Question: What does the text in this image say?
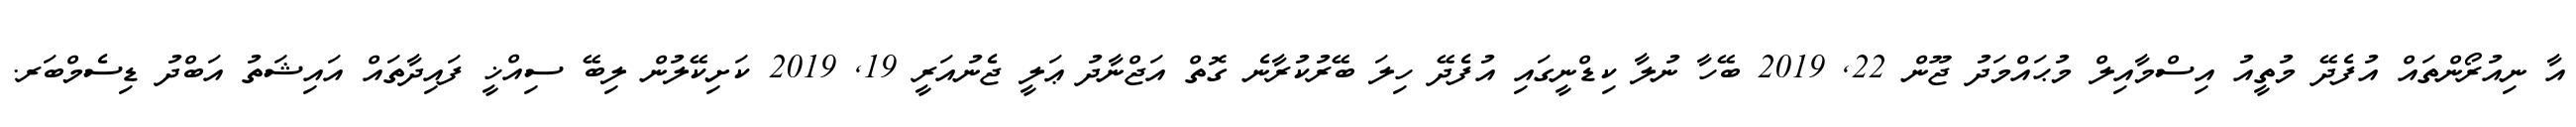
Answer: އާ ނިއުރޯންތައް އުފެދޭ މުތީއު އިސްމާއިލް މުޙައްމަދު ޖޫން 22, 2019 ބޭހާ ނުލާ ކިޑްނީގައި އުފެދޭ ހިލަ ބޭރުކުރާނެ ގޮތް އަޖްނާދު ޢަލީ ޖެނުއަރީ 19, 2019 ކަށިކޭލުން ލިބޭ ސިއްޚީ ފައިދާތައް އައިޝަތު އަބްދު ޑިސެމްބަރ.